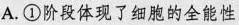
A.①阶段体现了细胞的全能性